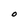
Character: O